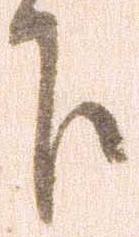
下